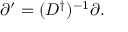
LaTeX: \partial ^ { \prime } = ( D ^ { \dag } ) ^ { - 1 } \partial .